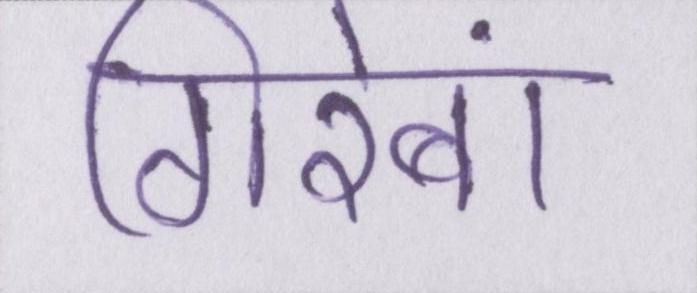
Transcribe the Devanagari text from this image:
गिरेबां